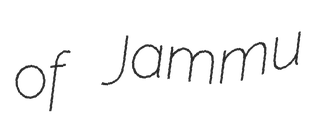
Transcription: of Jammu